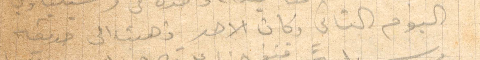
اليوم الثاني وكان الاحد ذهبت الى حديقة